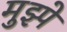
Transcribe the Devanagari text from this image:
मुझ्पे